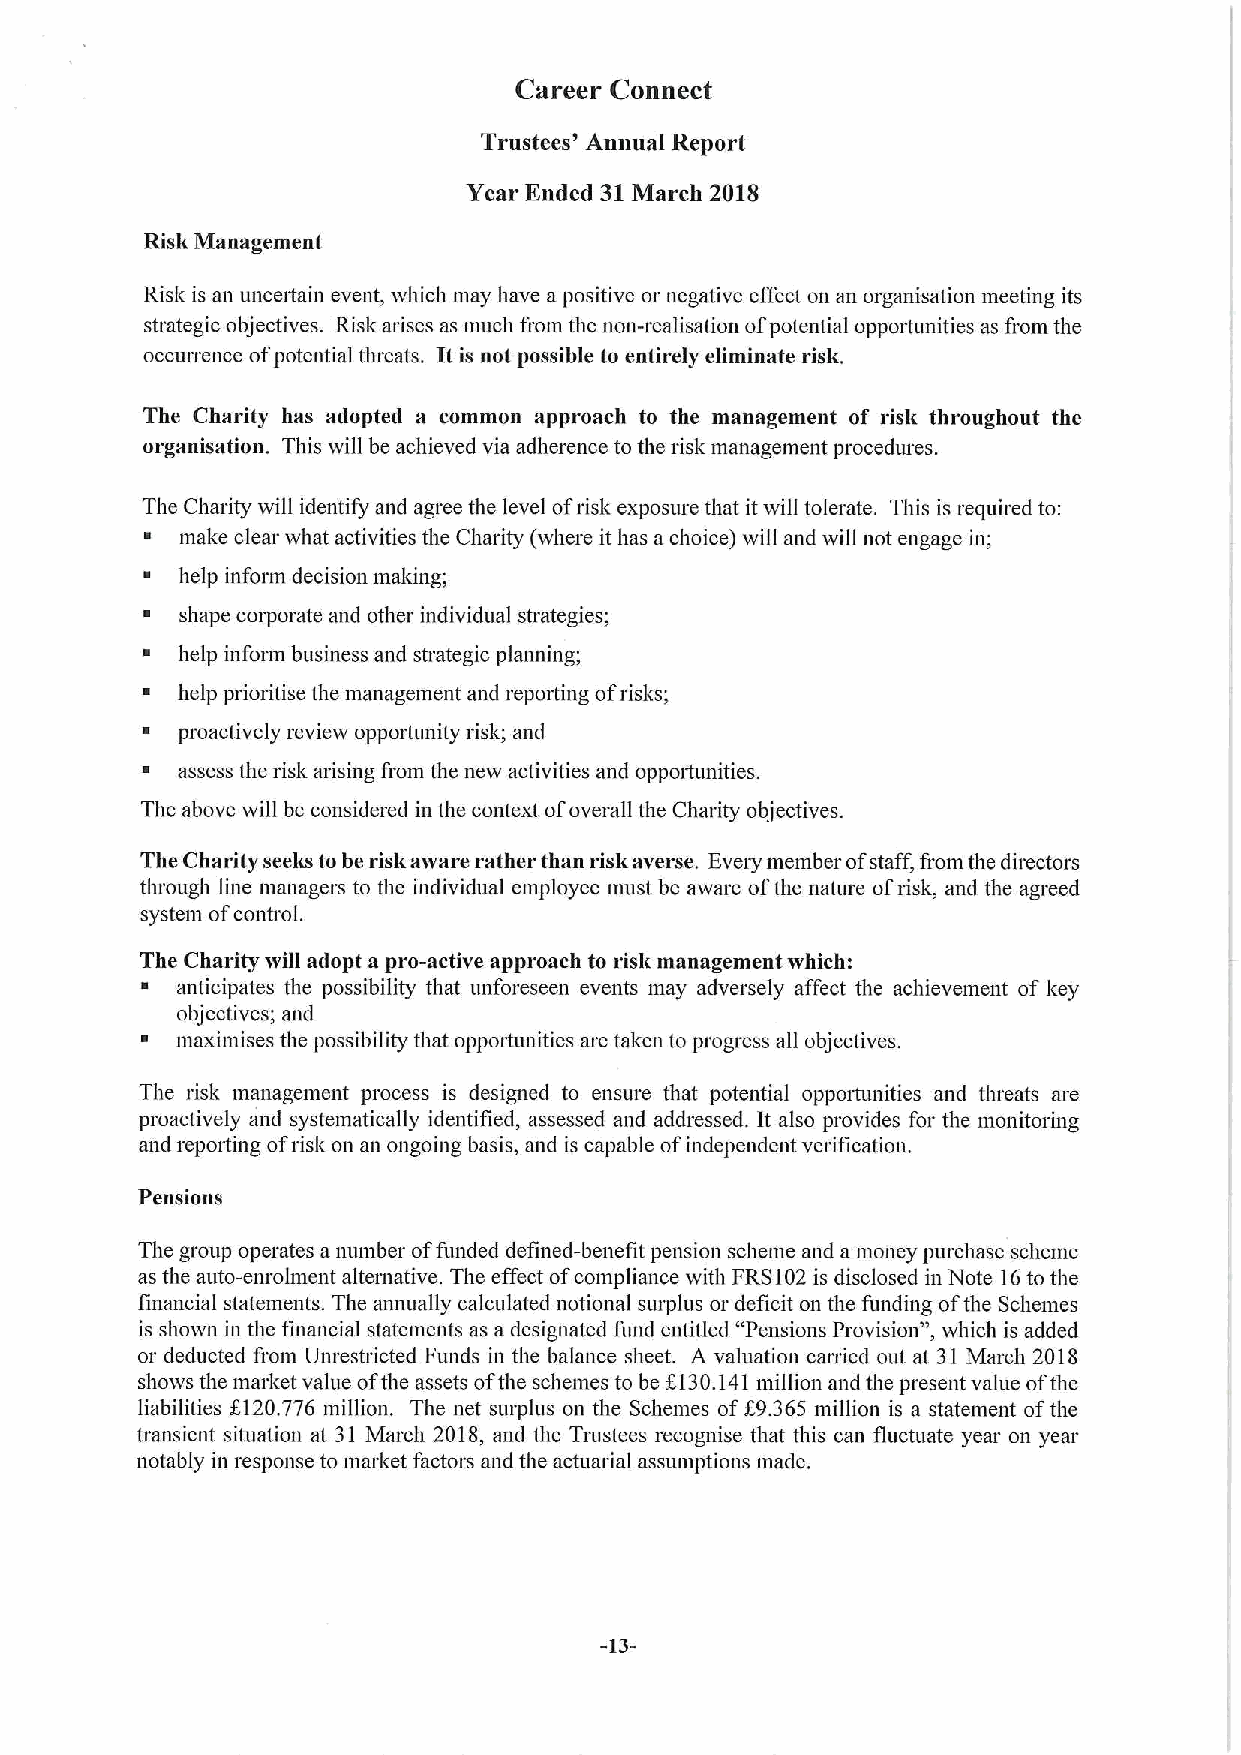
Career Connect
 Trustees' Annual Report
 Year Ended 31March 201S
 Risk Management
 Risk is an unceitain event, which may have apositive or negative effect on an organisation meeting its
 strategic objectives. Risk arises as much fiom the non-realisation ofpotential opportunities as from the
 occurrence ofpotential threats. It is not possible to entirely eliminate risk.
 The Charity has adopted a common approach to the management of risk throughout the
 organisation. This will be achieved via adherence to the risk management procedures.
 The Charity will identify and agree the level ofrisk exposure that itwill tolerate. This is required to:
 ~ make clear what activities the Charity (where it has a choice) will and will not engage in;
 ~  help inform decision making;
 ~  shape corporate and other individual strategies;
 ~  help inform business and strategic planning;
 ~  help prioritise the management and reporting ofrisks;
 ~  proactively review oppoitunity risk; and
 ~  assess the risk arising from the new activities and opportunities.
 The above will be considered in the context ofoverall the Charity objectives.
 The Charity seeks to be risk aware rather than risk averse. Eveiy member ofstaff, from the directors
 through line managers to the individual employee must be aware ofthe nature ofrisk, and the agreed
 system ofcontrol.
 The Charity svill adopt a pro-active approach to risk management which:
 ~  anticipates the possibility that unforeseen events may adversely affect the achievement of key
 objectives; and
 ~  maximises the possibility that oppoitunities are taken to progress all objectives.
 The risk management process is designed to ensure that potential opportunities and threats are
 proactively and systematically identified, assessed and addressed. It also provides for the monitoring
 and repoiting ofrisk on an ongoing basis, and is capable ofindependent verification.
 Pensions
 The group operates a number offunded defined-benefit pension scheme and amoney purchase scheme
 as the auto-enrohnent alteniative. The effect ofcompliance with FRS102is disclosed in Note 16to the
 financial statements. The annually calculated notional surplus or deficit on the funding ofthe Schemes
 is shown in the financial statements as a designated fund entitled "Pensions Provision", which is added
 or deducted fiom Unrestricted Funds in the balauce sheet. A valuation carried out at 31 Maivh 2018
 shows the market value ofthe assets ofthe schemes to be KI30.141million and the present value ofthe
 liabilities f120.776 million. The net surplus on the Schemes ofK9.365 million is a statement ofthe
 transient situation at 31 March 2018, and the Tnistees recognise that this can fluctuate year on year
 notably in response to market factors and the actuarial assumptions made.
 -13-